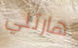
هارتلي